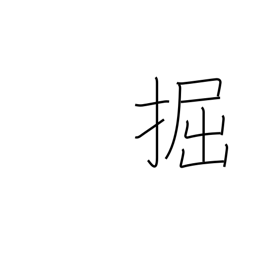
Meaning: dig